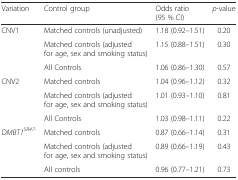
<table><thead><tr><td><b>Variation</b></td><td><b>Control group</b></td><td><b>Odds ratio (95 % CI)</b></td><td><b><i>p</i>-value</b></td></tr></thead><tbody><tr><td rowspan="3">CNV1</td><td>Matched controls (unadjusted)</td><td>1.18 (0.92–1.51)</td><td>0.20</td></tr><tr><td>Matched controls (adjusted for age, sex and smoking status)</td><td>1.15 (0.88–1.51)</td><td>0.30</td></tr><tr><td>All Controls</td><td>1.06 (0.86–1.30)</td><td>0.57</td></tr><tr><td rowspan="3">CNV2</td><td>Matched controls</td><td>1.04 (0.96–1.12)</td><td>0.32</td></tr><tr><td>Matched controls (adjusted for age, sex and smoking status)</td><td>1.01 (0.93–1.10)</td><td>0.81</td></tr><tr><td>All Controls</td><td>1.03 (0.98–1.11)</td><td>0.22</td></tr><tr><td rowspan="3"><i>DMBT1</i><sup><i>SR47</i>-</sup></td><td>Matched controls</td><td>0.87 (0.66–1.14)</td><td>0.31</td></tr><tr><td>Matched controls (adjusted for age, sex and smoking status)</td><td>0.89 (0.66–1.19)</td><td>0.43</td></tr><tr><td>All controls</td><td>0.96 (0.77–1.21)</td><td>0.73</td></tr></tbody></table>